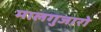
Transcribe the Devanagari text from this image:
मालगुजारो